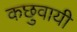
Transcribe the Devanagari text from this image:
कछुवायी